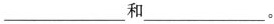
___和___。